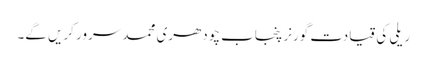
ریلی کی قیادت گورنر پنجاب چودھری محمد سرور کریں گے۔